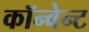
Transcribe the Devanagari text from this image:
कॉन्वेन्ट